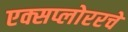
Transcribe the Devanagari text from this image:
एक्सप्लोररचे